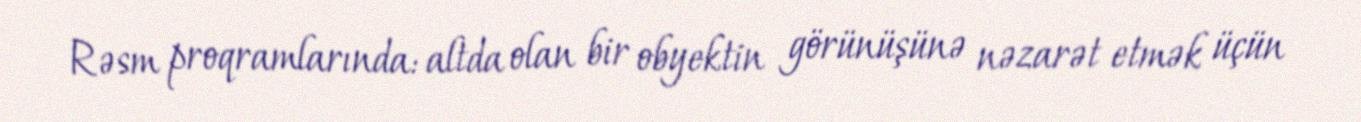
Rəsm proqramlarında: altda olan bir obyektin görünüşünə nəzarət etmək üçün